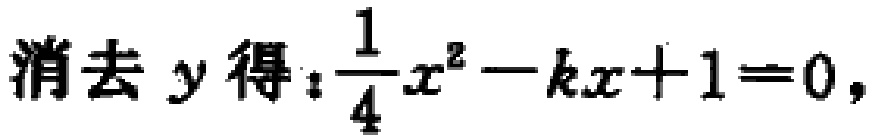
消去 \(y\) 得：\(\frac{1}{4}x^{2}-kx + 1 = 0\)，